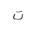
Letter: _ta